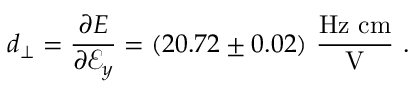
d _ { \perp } = \frac { \partial E } { \partial \mathcal { E } _ { y } } = ( 2 0 . 7 2 \pm 0 . 0 2 ) ~ \frac { \mathrm { H z ~ c m } } { \mathrm { V } } \ .